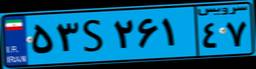
۴۹S۹۴۳۶۰